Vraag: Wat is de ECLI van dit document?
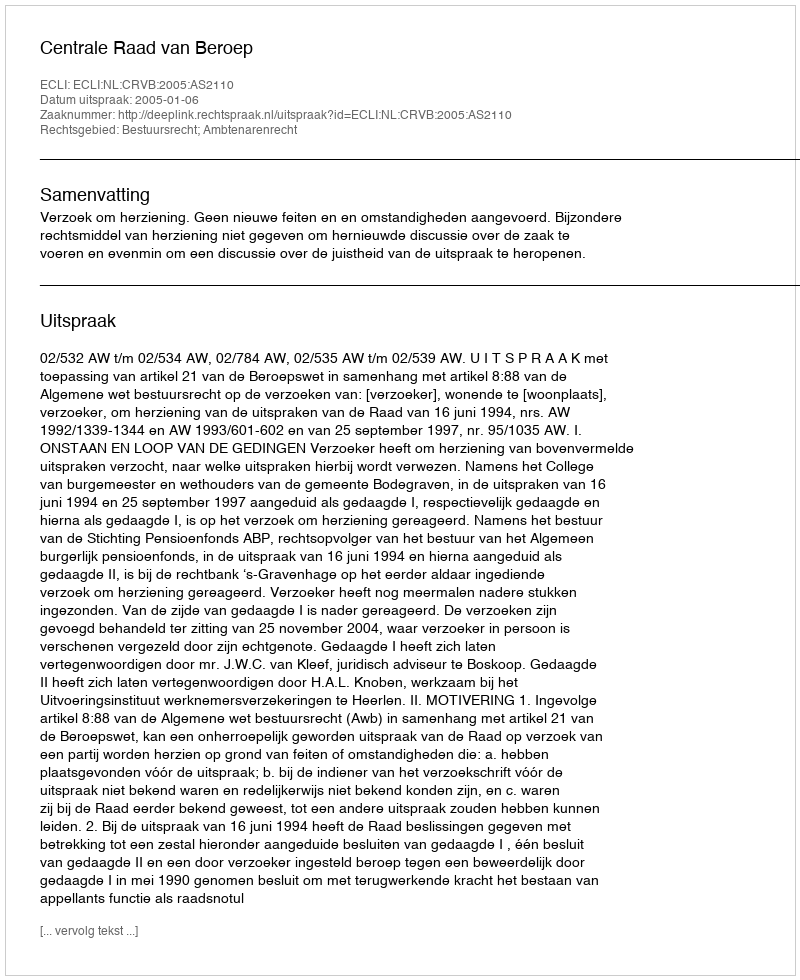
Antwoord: ECLI:NL:CRVB:2005:AS2110